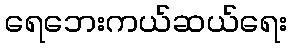
ရေဘေးကယ်ဆယ်ရေး